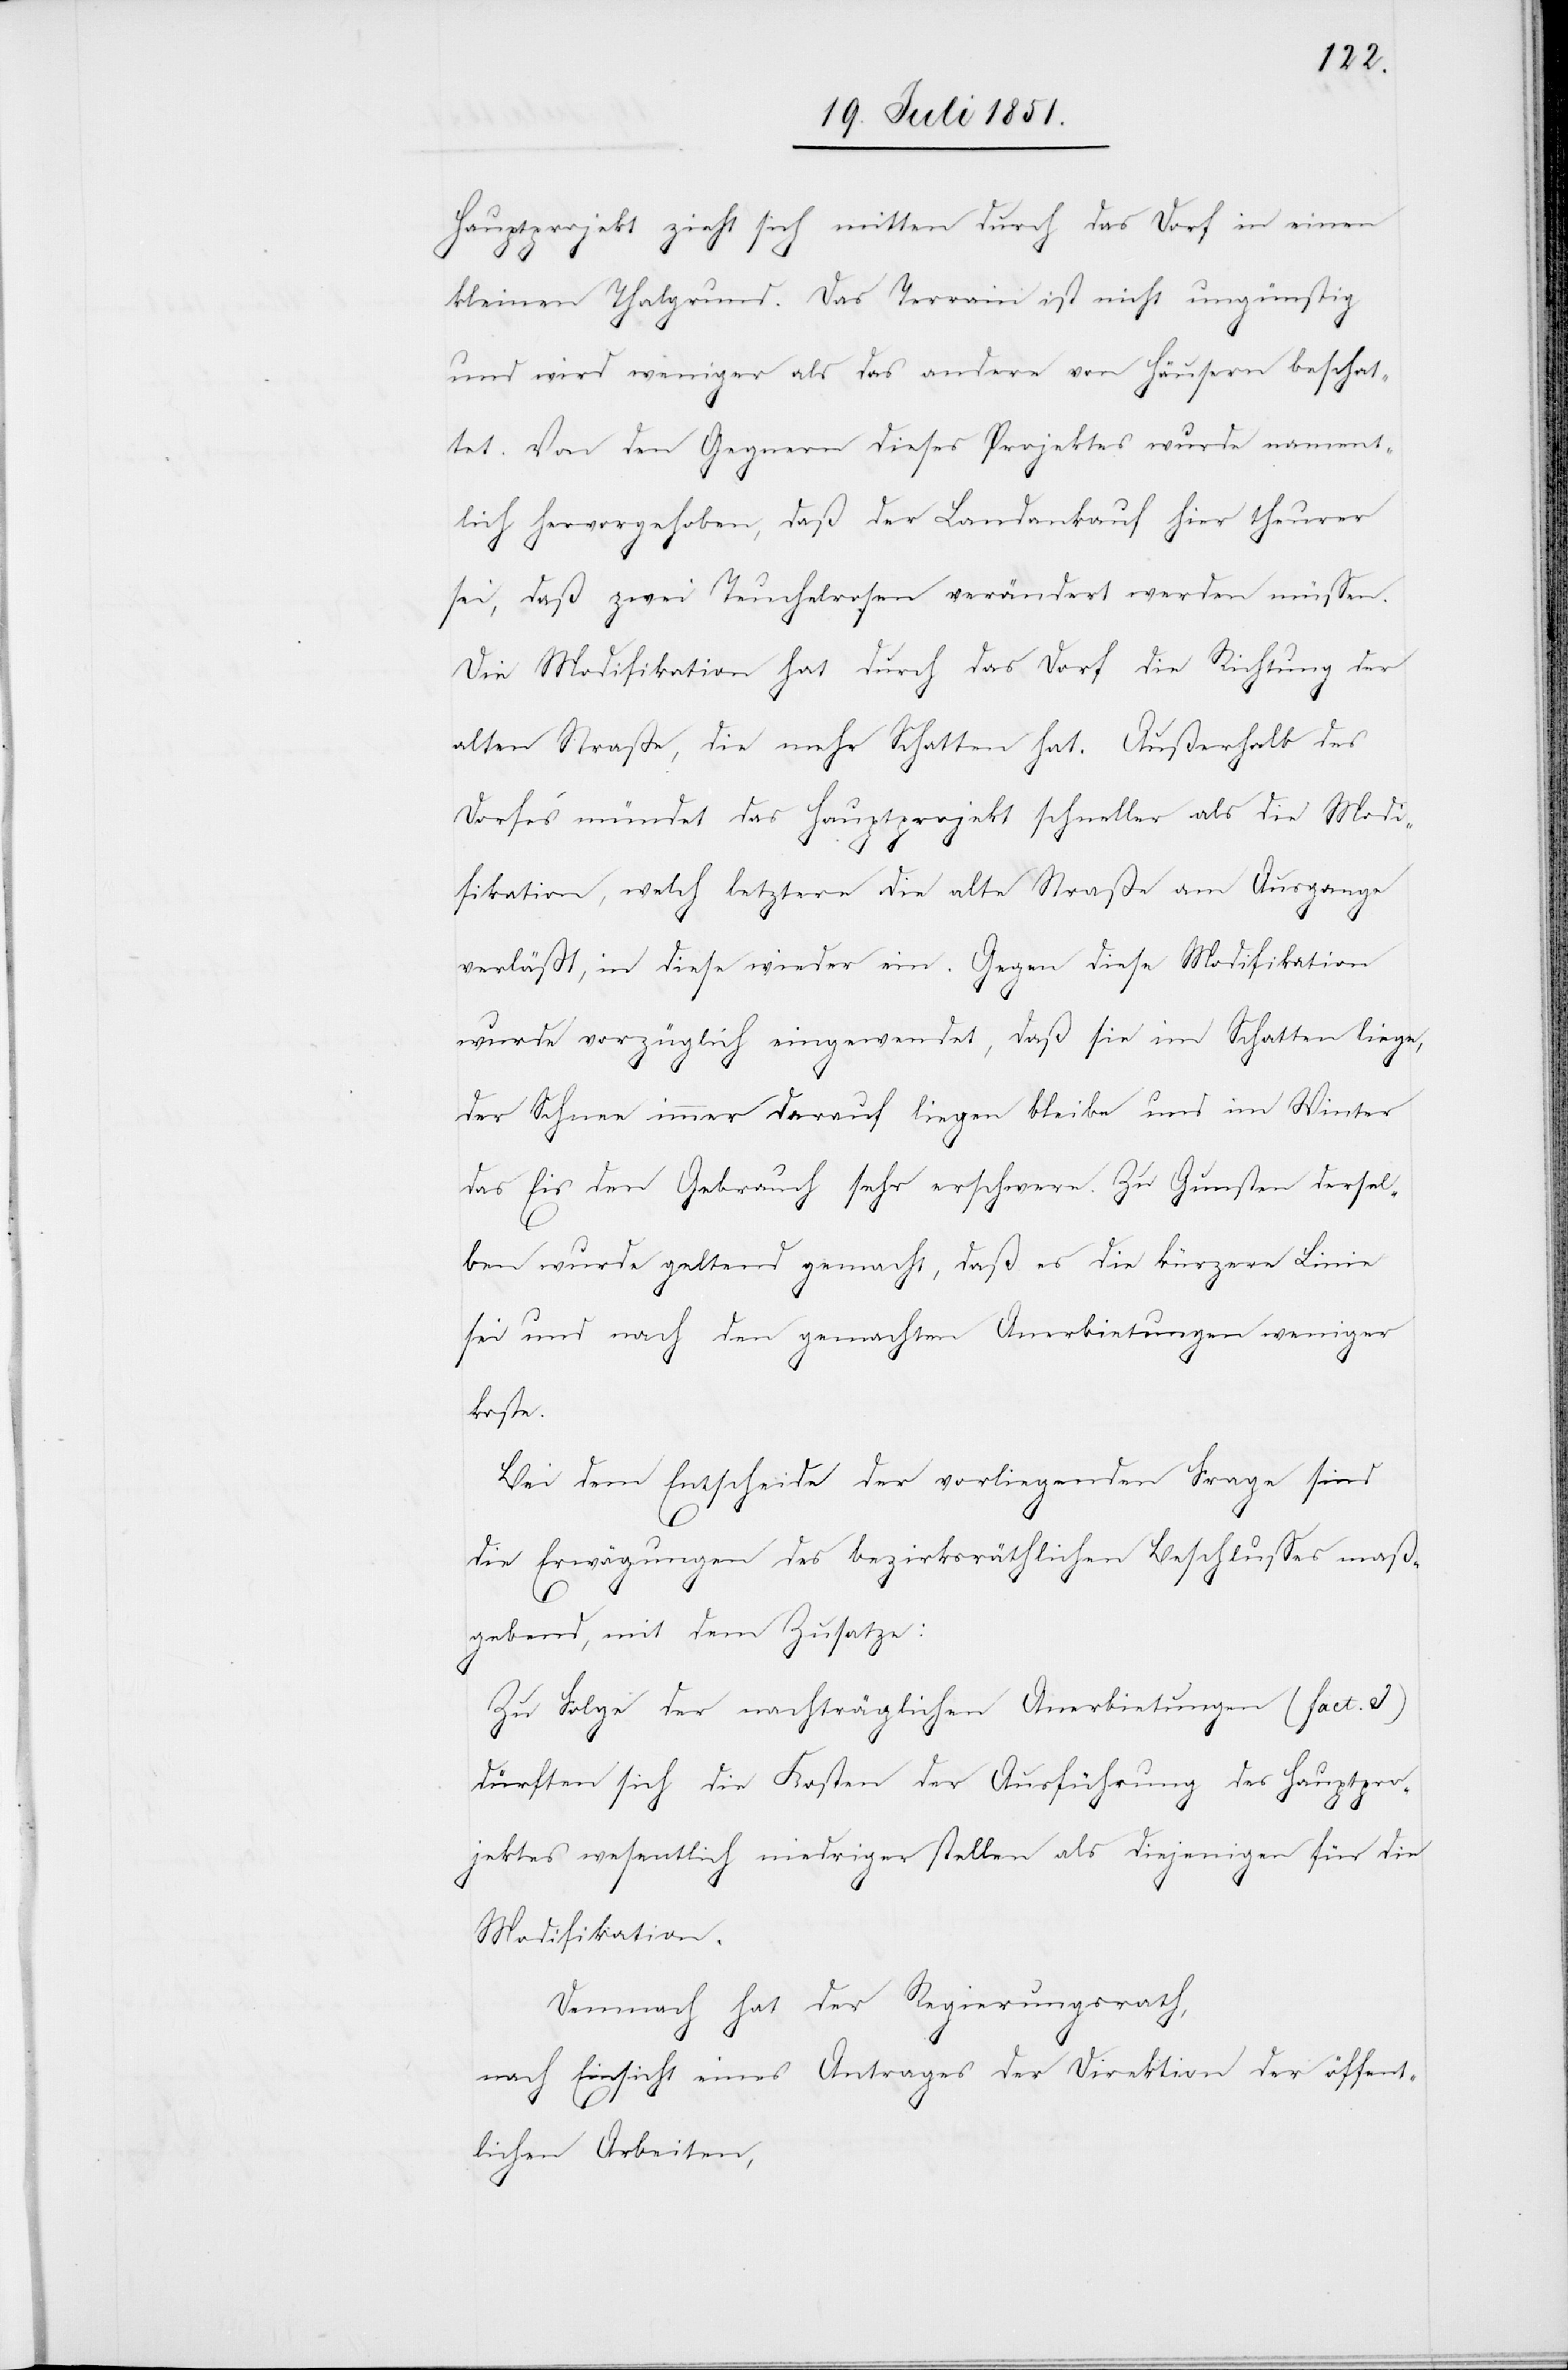
Hauptprojekt zieht sich mitten durch das Dorf in einen
kleinen Thalgrund. Das Terrain ist nicht ungünstig
und wird weniger als das andere von Häusern beschat¬
tet. Von den Gegnern dieses Projektes wurde nament¬
lich hervorgehoben, daß der Landankauf hier theurer
sei, daß zwei Teuchelrosen verändert werden müssen.
Die Modifikation hat durch das Dorf die Richtung der
alten Straße, die mehr Schatten hat. Außerhalb des
Dorfes mündet das Hauptprojekt schneller als die Modi¬
fikation, welch letztere die alte Straße am Ausgange
verläßt, in diese wieder ein. Gegen diese Modifikation
wurde vorzüglich eingewendet, daß sie im Schatten liege,
der Schnee immer darauf liegen bleibe und im Winter
das Eis den Gebrauch sehr erschwere. Zu Gunsten dersel¬
ben wurde geltend gemacht, daß es die kürzere Linie
sei und nach den gemachten Anerbietungen weniger
koste.
Bei dem Entscheide der vorliegenden Frage sind
die Erwägungen des bezirksräthlichen Beschlusses maß¬
gebend, mit dem Zusatze:
Zu Folge der nachträglichen Anerbietungen (Fact. I)
dürften sich die Kosten der Ausführung des Hauptpro¬
jektes wesentlich niedriger stellen als diejenigen für die
Modifikation.
Demnach hat der Regierungsrath,
nach Einsicht eines Antrages der Direktion der öffent¬
lichen Arbeiten,